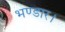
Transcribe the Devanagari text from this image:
भण्डार।